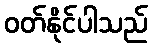
ဝတ်နိုင်ပါသည်